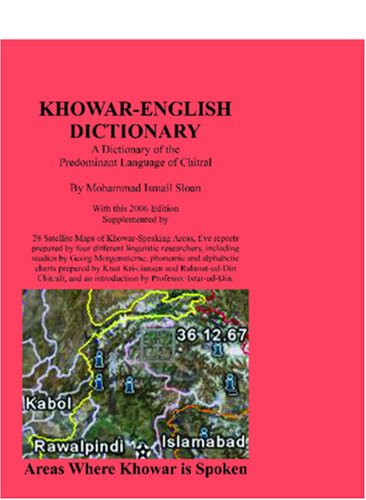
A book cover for Khowar English Dictionary: A Dictionary of the Predominant Language of Chitral, also known as Chitrali Zaban and as Qashqari; Mohammad Ismail Sloan; Travel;